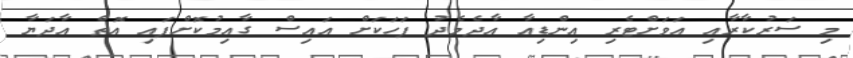
މި ސަރުކާރާއި އަވަށްޓެރި އިންޑިއާ އާދެމެދު ފަހަކަށް އައިސް ގާއިމުކޮށްފައި އޮތް އާދަޔާ